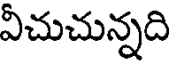
వీచుచున్నది